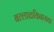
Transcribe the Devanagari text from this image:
बल्लाळविनायक